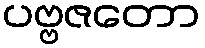
ပဗ္ဗဇတော